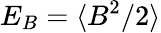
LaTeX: E_{B}=\langle B^{2}/2\rangle